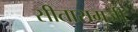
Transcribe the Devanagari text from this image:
सीतारामजी